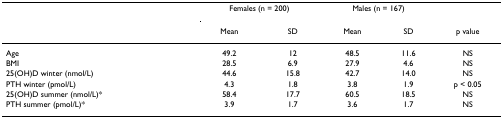
<table><thead><tr><td></td><td colspan="2"><b>Females (n = 200)</b></td><td colspan="2"><b>Males (n = 167)</b></td><td></td></tr><tr><td></td><td><b>Mean</b></td><td><b>SD</b></td><td><b>Mean</b></td><td><b>SD</b></td><td><b>p value</b></td></tr></thead><tbody><tr><td>Age</td><td>49.2</td><td>12</td><td>48.5</td><td>11.6</td><td>NS</td></tr><tr><td>BMI</td><td>28.5</td><td>6.9</td><td>27.9</td><td>4.6</td><td>NS</td></tr><tr><td>25(OH)D winter (nmol/L)</td><td>44.6</td><td>15.8</td><td>42.7</td><td>14.0</td><td>NS</td></tr><tr><td>PTH winter (pmol/L)</td><td>4.3</td><td>1.8</td><td>3.8</td><td>1.9</td><td>p &lt; 0.05</td></tr><tr><td>25(OH)D summer (nmol/L)*</td><td>58.4</td><td>17.7</td><td>60.5</td><td>18.5</td><td>NS</td></tr><tr><td>PTH summer (pmol/L)*</td><td>3.9</td><td>1.7</td><td>3.6</td><td>1.7</td><td>NS</td></tr></tbody></table>